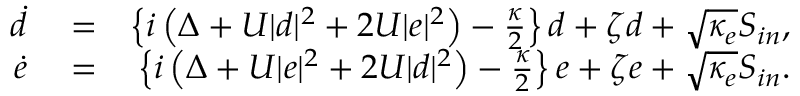
\begin{array} { r l r } { \dot { d } } & { { } = } & { \left\{ i \left( \Delta + U | d | ^ { 2 } + 2 U | e | ^ { 2 } \right) - \frac { \kappa } { 2 } \right\} d + \zeta d + \sqrt { \kappa _ { e } } S _ { i n } , } \\ { \dot { e } } & { { } = } & { \left\{ i \left( \Delta + U | e | ^ { 2 } + 2 U | d | ^ { 2 } \right) - \frac { \kappa } { 2 } \right\} e + \zeta e + \sqrt { \kappa _ { e } } S _ { i n } . } \end{array}